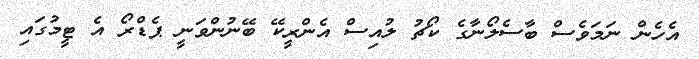
އެހެން ނަމަވެސް ބާސެލޯނާގެ ކޯޗު ލުއިސް އެންރީކޭ ބޭނުންވަނީ ޕެޑްރޯ އެ ޓީމުގައި